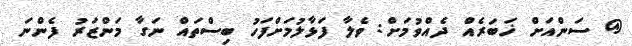
@ ސަންއަށް ޚަބަރެއް ދެއްވުމަށް: ވެލާ ފަޅާލުމަށްފަހު ބިސްތައް ނަގާ މަންޒަރު ފެންނަ